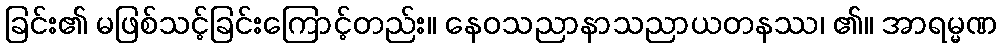
ခြင်း၏ မဖြစ်သင့်ခြင်းကြောင့်တည်း။ နေဝသညာနာသညာယတနဿ၊ ၏။ အာရမ္မဏ